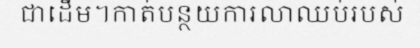
ជាដើម។កាត់បន្ថយការលាឈប់របស់